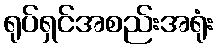
ရုပ်ရှင်အစည်းအရုံး